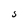
Character: S